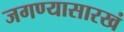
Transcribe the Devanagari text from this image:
जगण्यासारखं